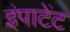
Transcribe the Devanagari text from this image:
इंपाटेंट